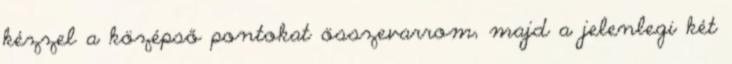
kézzel a középső pontokat összevarrom, majd a jelenlegi két